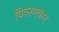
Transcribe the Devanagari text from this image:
विवरणकार